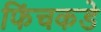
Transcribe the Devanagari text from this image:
फिंचकडे